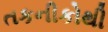
તકનીકોથી